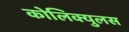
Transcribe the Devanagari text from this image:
कोलिक्युलस